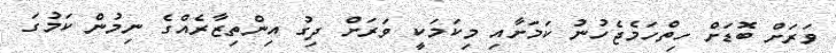
ވަރަށް ބޮޑަށް ހިތްހަމެޖެހުނު ކަމަށާއި މިކަމަކީ ވަރަށް ދިގު އިންތިޒާރެއްގެ ނިމުން ކަމުގަ